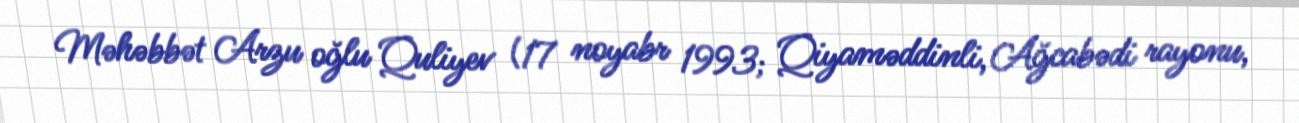
Məhəbbət Arzu oğlu Quliyev (17 noyabr 1993; Qiyaməddinli, Ağcabədi rayonu,